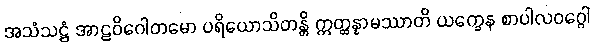
အသံသဋ္ဌံ အာဠဝိဂေါတမော ပရိယောသိတန္တိ ဣတ္ထန္နာမဿာတိ ယက္ခေန စာပါလဝဂ္ဂေါ